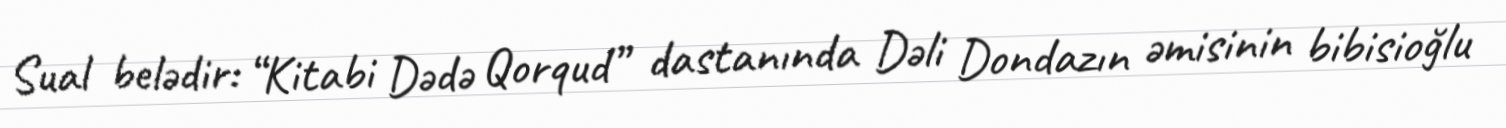
Sual belədir: “Kitabi Dədə Qorqud” dastanında Dəli Dondazın əmisinin bibisioğlu